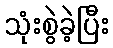
သုံးစွဲခဲ့ပြီး